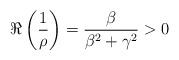
LaTeX: \begin{align*}\Re\left(\frac{1}{\rho}\right)=\frac{\beta}{\beta^2+\gamma^2}>0 \end{align*}